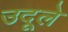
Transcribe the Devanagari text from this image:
उदूले